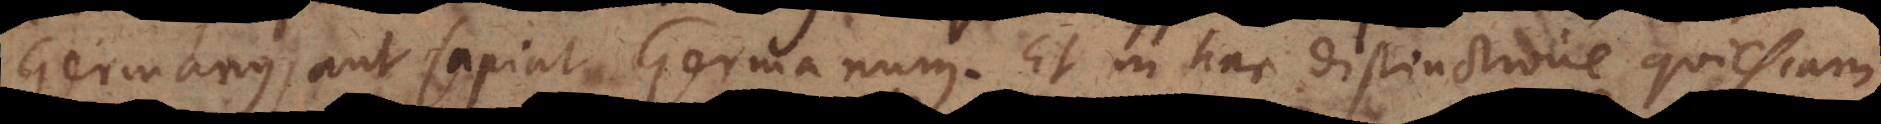
Germanus, aut sapiat Germanum. Et in hac distinctione quiescam